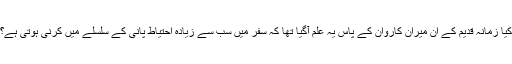
کیا زمانہ قدیم کے ان میران کاروان کے پاس یہ علم آگیا تھا کہ سفر میں سب سے زیادہ احتیاط پانی کے سلسلے میں کرنی ہوتی ہے؟